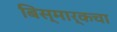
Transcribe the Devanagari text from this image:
बिस्मार्कचा